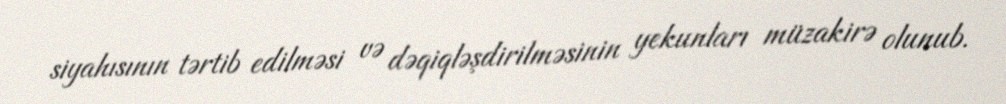
siyahısının tərtib edilməsi və dəqiqləşdirilməsinin yekunları müzakirə olunub.